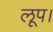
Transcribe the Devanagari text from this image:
लूप।